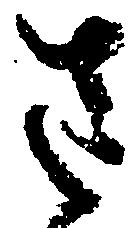
さ